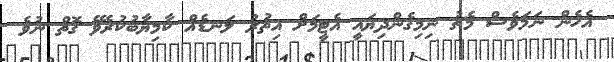
އެހެން ނަމަވެސް މެޗު ނިމިގެންދިޔައީ އެޓީމަށް އިތުރު ލަނޑެއް ކާމިޔާބުކުރެވޭ ގޮތް ނުވެ